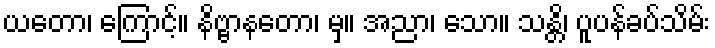
ယတော၊ ကြောင့်။ နိဗ္ဗာနတော၊ မှ။ အညာ၊ သော။ သန္တိ၊ ပူပန်ခပ်သိမ်း